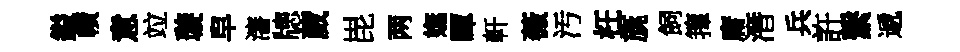
鎰幘意竝璇皁瀋牕葳毘两嫵暉軒薇汚枉旐飼籜庸潛兵許繋遞